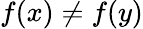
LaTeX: f\! \left(x\right)\neq f\! \left(y\right)